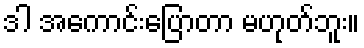
ဒါ အကောင်းပြောတာ မဟုတ်ဘူး။